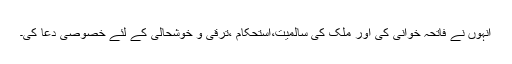
اُنہوں نے فاتحہ خوانی کی اور ملک کی سالمیت،استحکام ،ترقی و خوشحالی کے لئے خصوصی دُعا کی۔